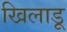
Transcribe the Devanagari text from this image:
खिलाडू